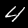
Label: 4